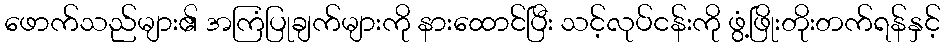
ဖောက်သည်များ၏ အကြံပြုချက်များကို နားထောင်ပြီး သင့်လုပ်ငန်းကို ဖွံ့ဖြိုးတိုးတက်ရန်နှင့်